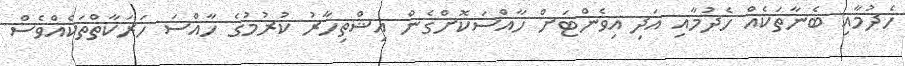
ހެދުމާއި ބެނާތަކެއް ހެދުމާއި އަދި އިވެންޓަށް ހާއްސަކޮށްގެން އިޝްތިހާރު ކުރުމުގެ ހާއްސަ ހަރަކާތްތަކެއްވެސް